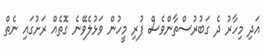
އަދި މިހާރު ދެ ގަބުރުސްތާންވެސް ފުރި މީހުން ވަޅުލެވޭނެ ގޮތެއް ރަށުގައި ނެތް